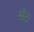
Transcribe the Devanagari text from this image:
भौंटा